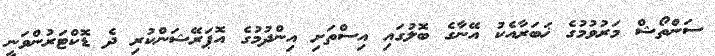
ސަންތޯޝް މަރުވުމުގެ ޚަބަރާއެކު އޭނާގެ ބޮލުގައި އިސްތަށި އިންދުމުގެ އޮޕަރޭޝަންކުރި ދެ ޑޮކްޓަރުންވަނީ